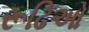
રૂઢિઓ